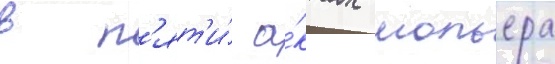
в п'ят'и́ а́ктах мольера